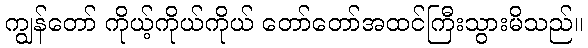
ကျွန်တော် ကိုယ့်ကိုယ်ကိုယ် တော်တော်အထင်ကြီးသွားမိသည်။